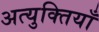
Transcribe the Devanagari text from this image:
अत्युक्तियाँ